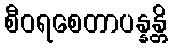
စီဝရစေတာပန္နန္တိ